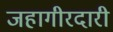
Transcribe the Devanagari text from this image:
जहागीरदारी